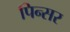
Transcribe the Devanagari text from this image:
पिन्सर